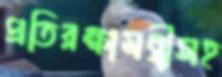
প্রতিরক্ষামন্ত্রীসহ